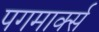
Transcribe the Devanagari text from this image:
पगमार्क्स